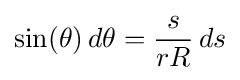
\sin(\theta )\,d\theta ={\frac {s}{rR}}\,ds